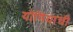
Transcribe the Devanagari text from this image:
योगियाची